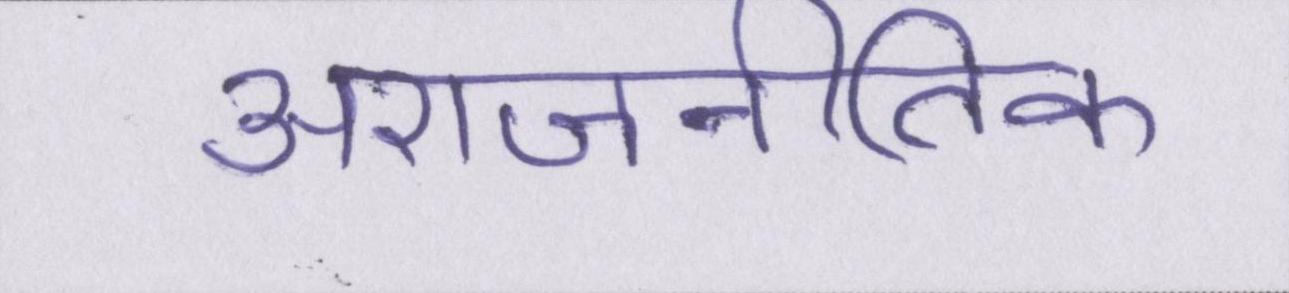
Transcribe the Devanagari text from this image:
अराजनीतिक